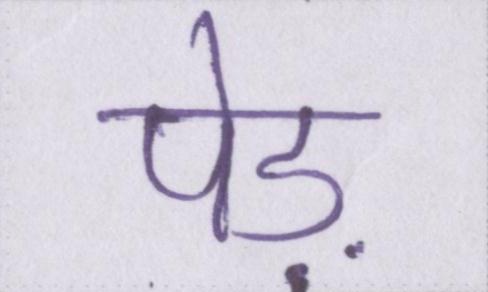
पेड़